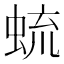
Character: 䖻